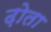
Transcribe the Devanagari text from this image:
ढ़ोता